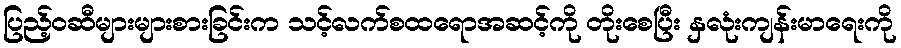
ပြည့်ဝဆီများများစားခြင်းက သင့်လက်စထရောအဆင့်ကို တိုးစေပြီး နှလုံးကျန်းမာရေးကို